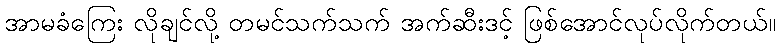
အာမခံကြေး လိုချင်လို့ တမင်သက်သက် အက်ဆီးဒင့် ဖြစ်အောင်လုပ်လိုက်တယ်။